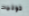
توفيت